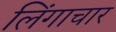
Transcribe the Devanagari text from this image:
लिंगाचार